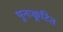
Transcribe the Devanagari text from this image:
पुनःकूटित